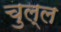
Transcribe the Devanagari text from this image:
चुल्ल